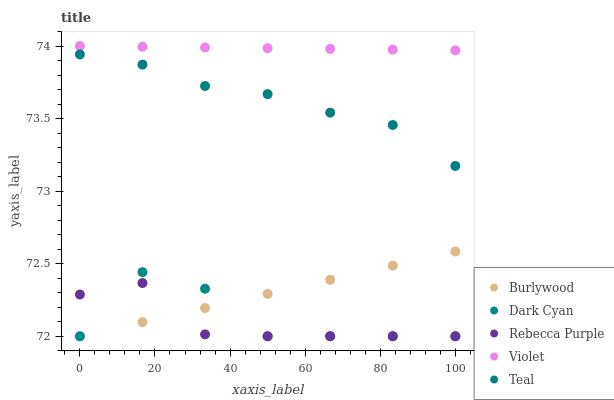
| xaxis_label | Burlywood | Dark Cyan | Rebecca Purple | Violet | Teal |
 | --- | --- | --- | --- | --- | --- |
 | 0 | 72 | 72 | 72.3 | 74 | 73.9 |
 | 16.7 | 72.1 | 72.4 | 72.4 | 74 | 73.9 |
 | 33.3 | 72.2 | 72.3 | 72 | 74 | 73.7 |
 | 50 | 72.3 | 72 | 72 | 74 | 73.7 |
 | 66.7 | 72.4 | 72 | 72 | 74 | 73.5 |
 | 83.3 | 72.5 | 72 | 72 | 74 | 73.5 |
 | 100 | 72.6 | 72 | 72 | 74 | 73.2 |